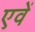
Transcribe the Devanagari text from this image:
एवें